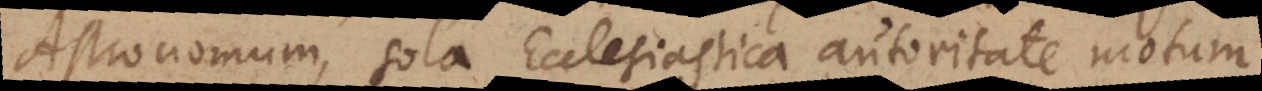
Astronomum, sola Ecclesiastica autoritate motum